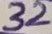
Text: 32